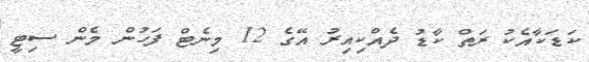
ކަޑަކާއެކު ރަތް ކާޑު ދެއްކިއިރު އޭގެ 12 މިނެޓް ފަހުން މެން ސިޓީ